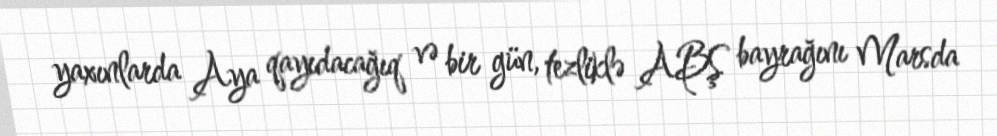
yaxınlarda Aya qayıdacağıq və bir gün, tezliklə ABŞ bayrağını Marsda